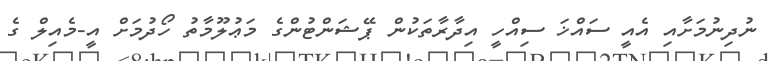
ނުދިނުމަށާއި އެއީ ސައްޚަ ސިއްހީ އިދާރާތަކުން ޕޭޝަންޓުންގެ މަޢުލޫމާތު ހޯދުމަށް އީ-މެއިލް ގެ